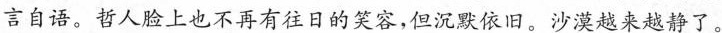
言自语。哲人脸上也不再有往日的笑容，但沉默依旧。沙漠越来越静了。